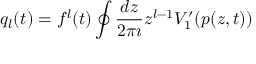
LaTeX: q _ { l } ( t ) = f ^ { l } ( t ) \oint \frac { d z } { 2 \pi \imath } z ^ { l - 1 } V _ { 1 } ^ { \prime } ( p ( z , t ) )